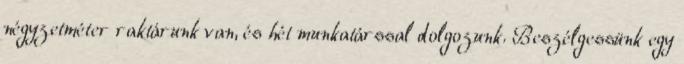
négyzetméter raktárunk van, és hét munkatárssal dolgozunk. Beszélgessünk egy